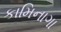
કામિનાગા